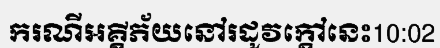
ករណីអគ្គីភ័យនៅរដូវក្តៅនេះ10:02